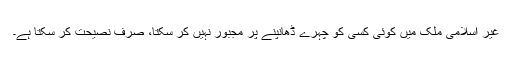
غیر اسلامی ملک میں کوئی کسی کو چہرے ڈھانپنے پر مجبور نہیں کر سکتا، صرف نصیحت کر سکتا ہے۔